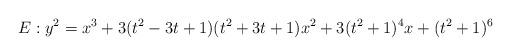
LaTeX: \begin{align*}E:y^2=x^3+3(t^2-3t+1)(t^2+3t+1)x^2+3(t^2+1)^4x+(t^2+1)^6\end{align*}